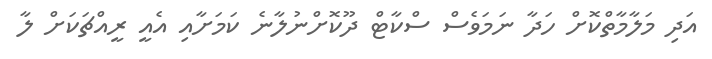
އަދި މަލާމާތްކޮށް ހަދާ ނަމަވެސް ސްކާޓް ދޫކޮށްނުލާނެ ކަމަށާއި އެއީ ރީއްޗަކަށް ލާ